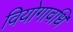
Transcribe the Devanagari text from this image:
वियोगावधि